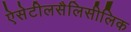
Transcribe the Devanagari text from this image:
ऐसेटीलसैलिसीलिक